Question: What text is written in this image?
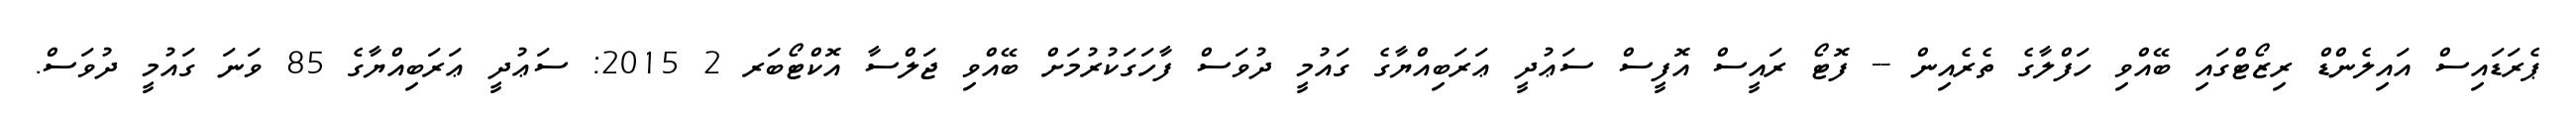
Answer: ޕެރަޑައިސް އައިލެންޑް ރިޒޯޓްގައި ބޭއްވި ހަފްލާގެ ތެރެއިން -- ފޮޓޯ ރައީސް އޮފީސް ސަޢުދީ ޢަރަބިއްޔާގެ ގައުމީ ދުވަސް ފާހަގަކުރުމަށް ބޭއްވި ޖަލްސާ އޮކްޓޯބަރ 2 2015: ސަޢުދީ ޢަރަބިއްޔާގެ 85 ވަނަ ގައުމީ ދުވަސް.